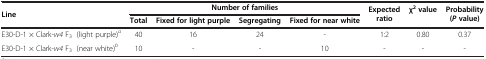
<table><thead><tr><td rowspan="2"><b>Line</b></td><td colspan="4"><b>Number of families</b></td><td rowspan="2"><b>Expected ratio</b></td><td rowspan="2"><b>χ<sup>2 </sup>value</b></td><td rowspan="2"><b>Probability (<i>P </i>value)</b></td></tr><tr><td><b>Total</b></td><td><b>Fixed for light purple</b></td><td><b>Segregating</b></td><td><b>Fixed for near white</b></td></tr></thead><tbody><tr><td>E30-D-1 × Clark-<i>w4</i> F<sub>3</sub> (light purple)<sup><i>a</i></sup></td><td>40</td><td>16</td><td>24</td><td>-</td><td>1:2</td><td>0.80</td><td>0.37</td></tr><tr><td>E30-D-1 × Clark-<i>w4</i> F<sub>3</sub> (near white)<sup><i>b</i></sup></td><td>10</td><td>-</td><td>-</td><td>10</td><td>-</td><td>-</td><td>-</td></tr></tbody></table>